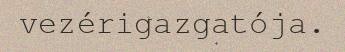
vezérigazgatója.